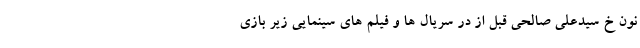
نون خ سیدعلی صالحی قبل از در سریال ها و فیلم های سینمایی زیر بازی